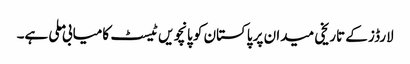
لارڈز کے تاریخی میدان پر پاکستان کو پانچویں ٹیسٹ کامیابی ملی ہے۔